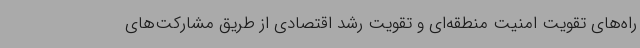
راه‌های تقویت امنیت منطقه‌ای و تقویت رشد اقتصادی از طریق مشارکت‌های